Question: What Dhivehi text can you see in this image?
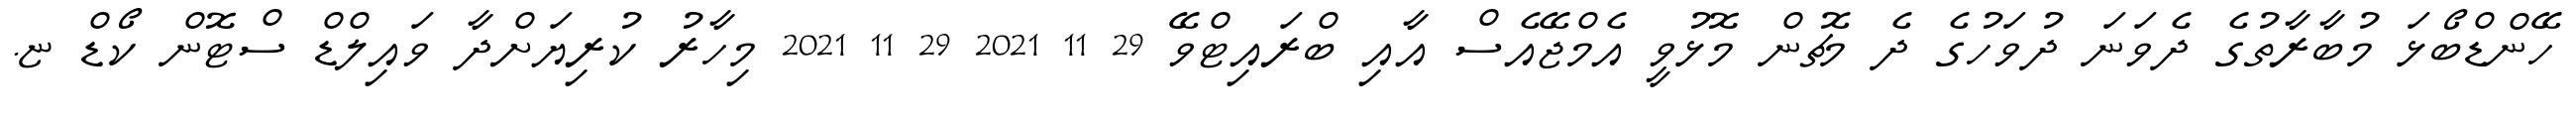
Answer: ހޭންޑްބޯޅަ މުބާރާތުގެ ދެވަނަ ދުވަހުގެ ދެ މެޗުން މޮޅުވީ އެމްޖޭއެސް އާއި ބްރައިޓްވޭ 29 11 2021 29 11 2021 މިހާރު ކުރިޔަށްދާ ވައިލްޑް ސްޓޮން ކޯޑް ޏ.